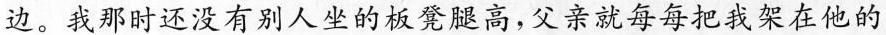
边。我那时还没有别人坐的板凳腿高，父亲就每每把我架在他的